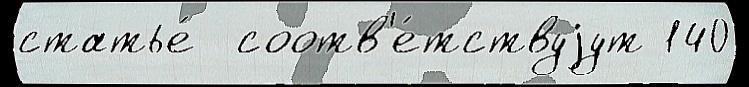
статье́  соотв'е́тствуjут 140